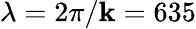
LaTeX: \lambda=2\pi/\mathbf{k}=635